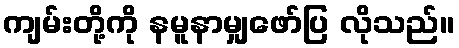
ကျမ်းတို့ကို နမူနာမျှဖော်ပြ လိုသည်။